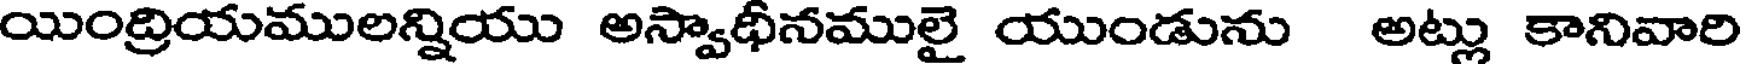
యింద్రియములన్నియు అస్వాధీనములై యుండును అట్లు కానివారి